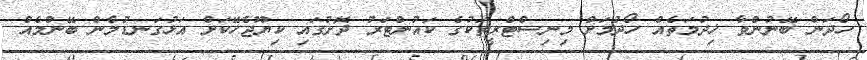
ހޯދަން ބޭނުންވާ ޚިދުމަތެއް ހޯދުމަށް މިނިސްޓްރީތަކުގެ ކައުންޓަރު ދޮށުގައި ކިޔޫޖެހޭކަށް އަޅުގަނޑުމެން ބޭނުމެއް